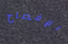
الإفصاح